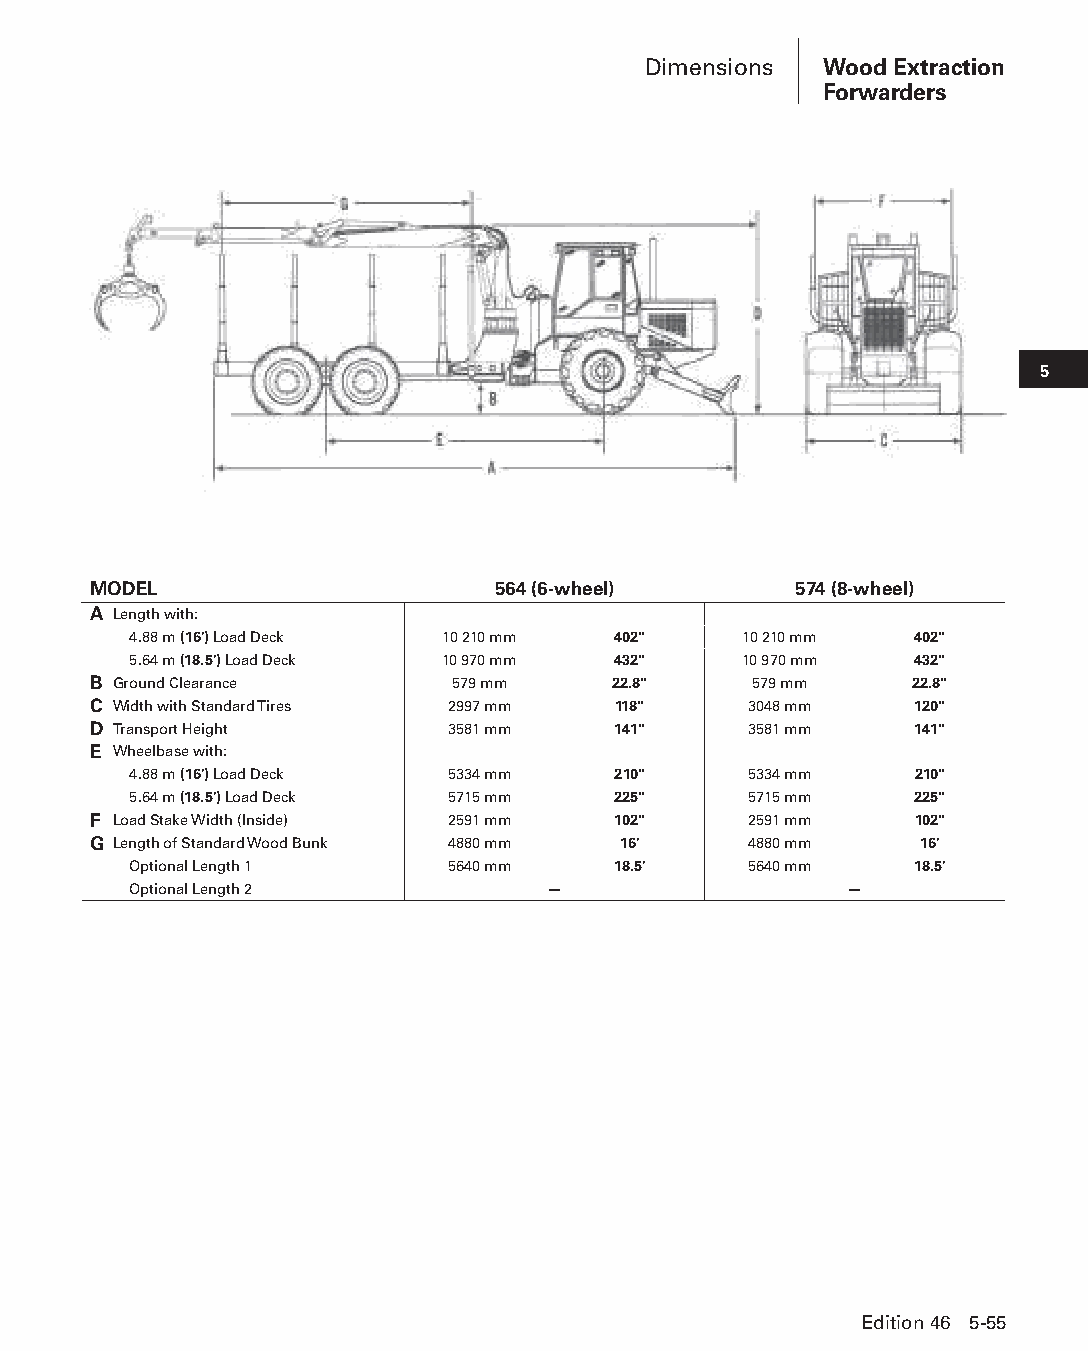
Dimensions  Wood Extraction
 Forwarders
 5
 MODEL                      564 (6-wheel)       574 (8-wheel)
 A Length with:
 4.88 m (16') Load Deck 10 210 mm 402"    10 210 mm  402"
 5.64 m (18.5') Load Deck 10 970 mm 432" 10 970 mm   432"
 B Ground Clearance      579 mm     22.8"    579 mm     22.8"
 C Width with Standard Tires 2997 mm 118"    3048 mm    120"
 D Transport Height      3581 mm    141"     3581 mm    141"
 E Wheelbase with:
 4.88 m (16') Load Deck 5334 mm  210"     5334 mm    210"
 5.64 m (18.5') Load Deck 5715 mm 225"    5715 mm    225"
 F Load Stake Width (Inside) 2591 mm 102"    2591 mm    102"
 G Length of Standard Wood Bunk 4880 mm 16'  4880 mm    16'
 Optional Length 1    5640 mm    18.5'    5640 mm    18.5'
 Optional Length 2           —                  —
 Edition 46 5-55
 PPHHBB--SSeecc0055--1166..iinndddd 5555                        1122//44//1155 22::1188 PPMM